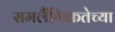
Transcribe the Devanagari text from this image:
समलैंगिकतेच्या